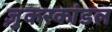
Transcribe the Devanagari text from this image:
ज़ुकरकांडल